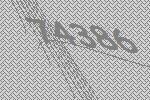
74386